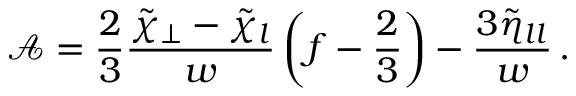
{ \mathcal { A } } = \frac { 2 } { 3 } \frac { \tilde { \chi } _ { \perp } - \tilde { \chi } _ { l } } { w } \left( f - \frac { 2 } { 3 } \right) - \frac { 3 \tilde { \eta } _ { l l } } { w } \, .